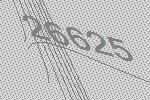
26625